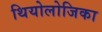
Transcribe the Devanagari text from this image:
थियोलोजिका